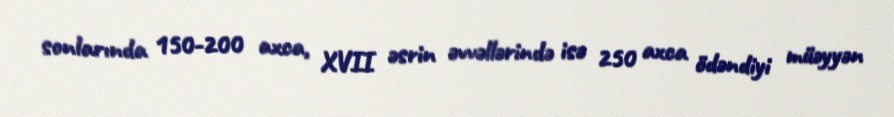
sonlarında 150-200 axca, XVII əsrin əvvəllərində isə 250 axca ödəndiyi müəyyən